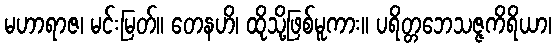
မဟာရာဇ၊ မင်းမြတ်။ တေနဟိ၊ ထိုသို့ဖြစ်မူကား။ ပရိတ္တဘေသဇ္ဇကိရိယာ၊